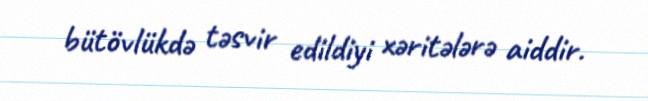
bütövlükdə təsvir edildiyi xəritələrə aiddir.